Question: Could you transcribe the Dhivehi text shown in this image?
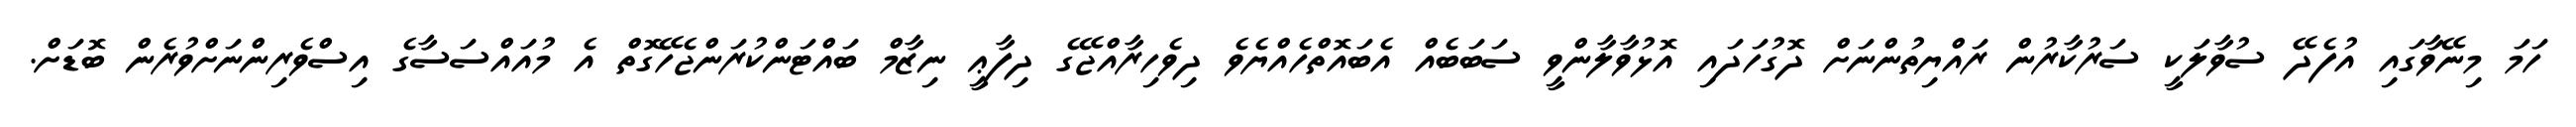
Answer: ހަމަ މިނޭވާގައި އުފެދޭ ސުވާލަކީ ސަރުކާރުން ރައްޔިތުންނަށް ދޮގުހަދައި އޮޅުވާލާންވީ ސަބަބެއް އެބައޮތްހެއްޔެވެ ދިވެހިރާއްޖޭގެ ދިފާޢީ ނިޒާމް ބައްޓަންކުރަންޖެހޭގޮތް އެ މުއައްސަސާގެ އިސްވެރިންނަށްވުރެން ބޮޑަށް.